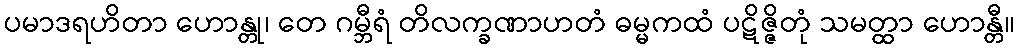
ပမာဒရဟိတာ ဟောန္တု၊ တေ ဂမ္ဘီရံ တိလက္ခဏာဟတံ ဓမ္မကထံ ပဋိဇ္ဇိတုံ သမတ္ထာ ဟောန္တီ။